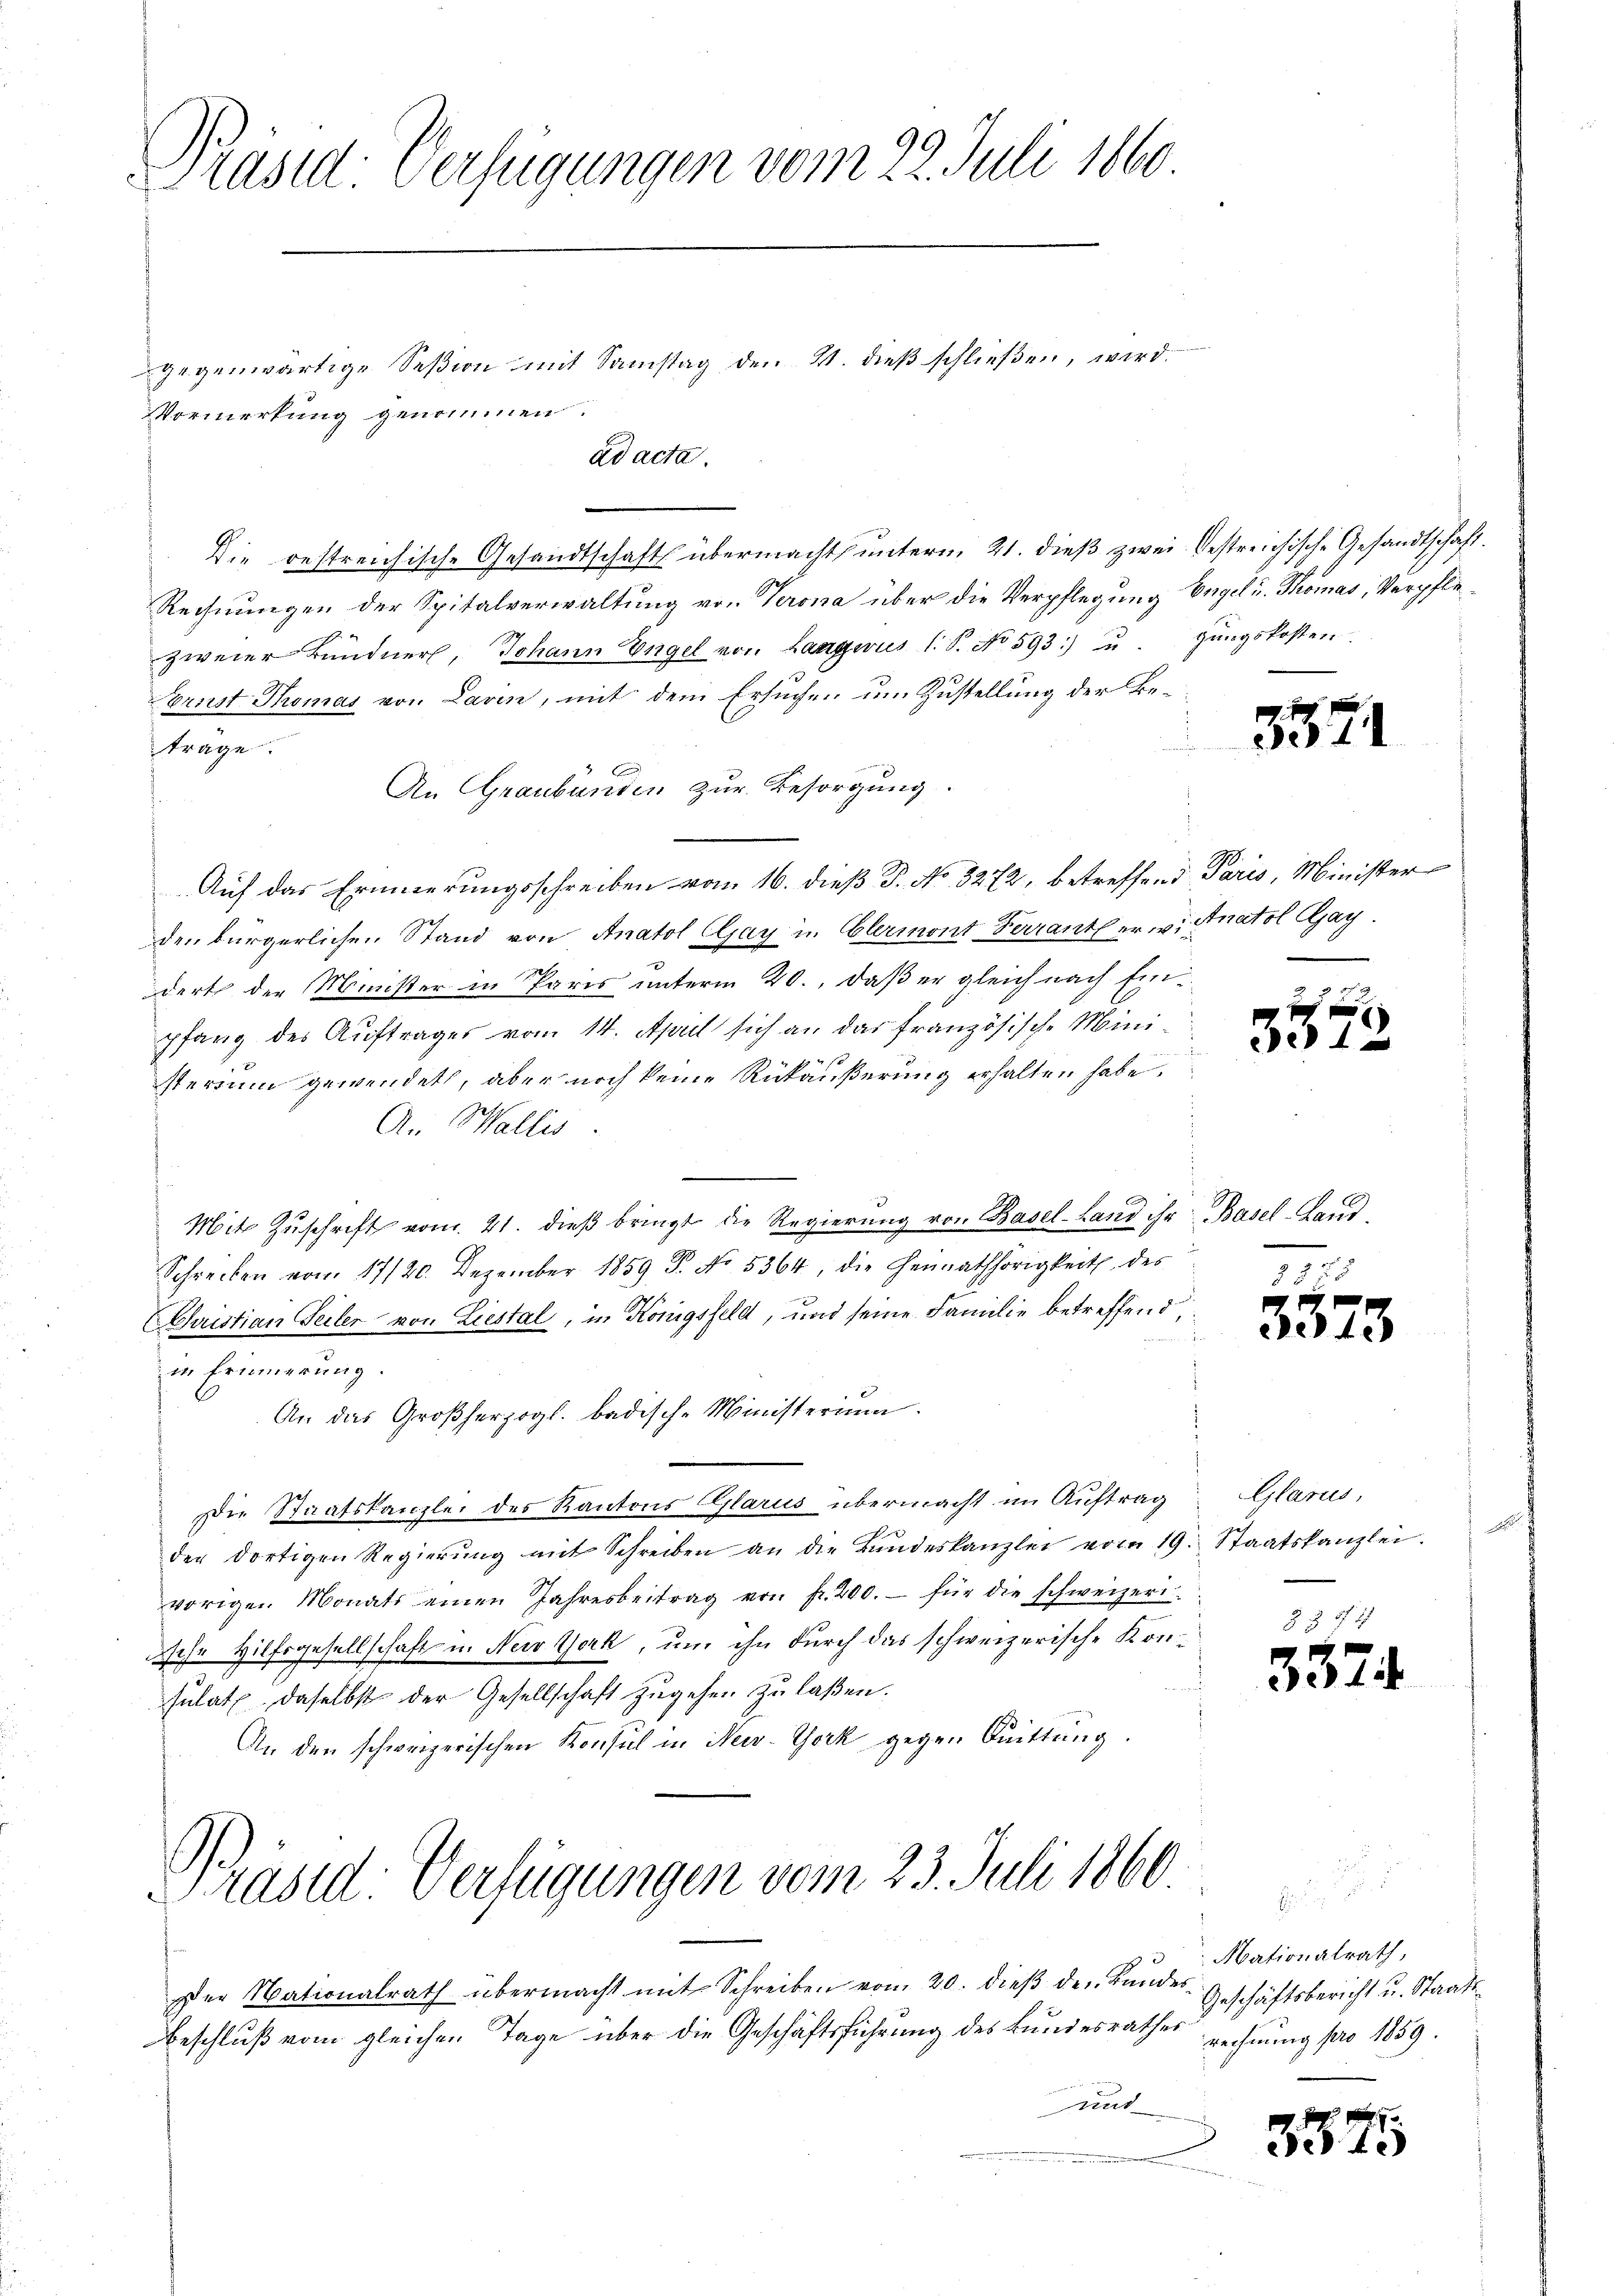
Präsid. Verfügungen vom 22. Juli 1860

Vormerkung genommen.
ad acta.
Die bestreichische Gesandtschaft übermacht unterm 21. dieß zwei bestreichische Gesandtschaft.
Rechnungen der Spitalverwaltung von Verona über die Verpflegung Engel u. Thomas, Verpflezweier Bündner, Johann Engel von Langwus l. S. No 593) u. gŭngskosten.
Crust Thomas von Lavin, mit dem Ersuchen um Zustellung der Beträge.
An Graubünden zur Besorgung.
Auf das Erinnerungsschreiben vom 16. dieß P. No. 3272, betreffend Paris, Minister
den bürgerlichen Stand von Anatol Elay u. Elermont Ferrantl er u. Anatol Gay.
dert der Minister in Paris unterm 20., daß er gleich nach Einpfang des Auftrages vom 14. April sich an das französische Ministerium gewendet, aber noch keine Rückäußerung erhalten habe.
An Wallis.
.
Mit Zŭschrift vom 21. dieß bringt die Regierŭng von Basel-Land ihr Basel-Land¬
Schreiben vom 17/20. Dezember 1859 P. No. 5364, die Heimathörigkeit des
vistian Seiler von Liestal, in Königsfeld, und seine Familie betreffend,
in Erinnerung.
An das Großherzogl. badische Ministerium
Die Staatskanzlei des Kantons Glarus, übermacht im Auftrag
der dortigen Regierŭng mit Schreiben an die Bŭndeskanzlei vom 19. Staatskanzlei.
vorigen Monats einen Jahresbeitrag von fr. 200.- für die schweizeri
dische Hilfsgesellschaft in New York, um ihn durch das schweizerische Konsulat, daselbst der Gesellschaft zugehen zu laßen.
An den schweizerischen Konsul in New-York gegen Quittung.

gegenwärtige Seßion mit Samstag den 21. dieß schließen, wird.

Präsid: Verfügungen vom 23. Juli 1860.

der Nationalrath übermacht mit Schreiben vom 20. dieβ der Bŭndes-
Beschluß vom gleichen Tage über die Geschäftsführung des Bundesrathes Rechnung pro 1859.
und

3571

35

7

3373

Glarus,

357

Mationalrath,
Geschäftsbericht u. Staats¬

35

1